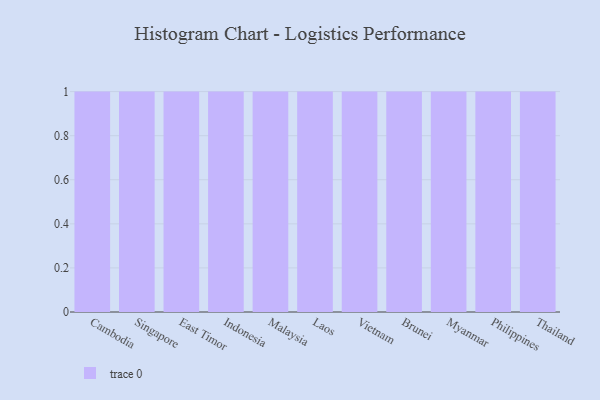
{"axis": {"x": "Country", "y": "Net Income (USD K)"}, "legend": [""], "data": [{"x": "Cambodia", "y": 73, "type": ""}, {"x": "Singapore", "y": 41, "type": ""}, {"x": "East Timor", "y": 33, "type": ""}, {"x": "Indonesia", "y": 50, "type": ""}, {"x": "Malaysia", "y": 91, "type": ""}, {"x": "Laos", "y": 50, "type": ""}, {"x": "Vietnam", "y": 78, "type": ""}, {"x": "Brunei", "y": 37, "type": ""}, {"x": "Myanmar", "y": 25, "type": ""}, {"x": "Philippines", "y": 31, "type": ""}, {"x": "Thailand", "y": 100, "type": ""}]}